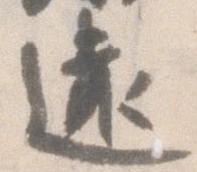
遠